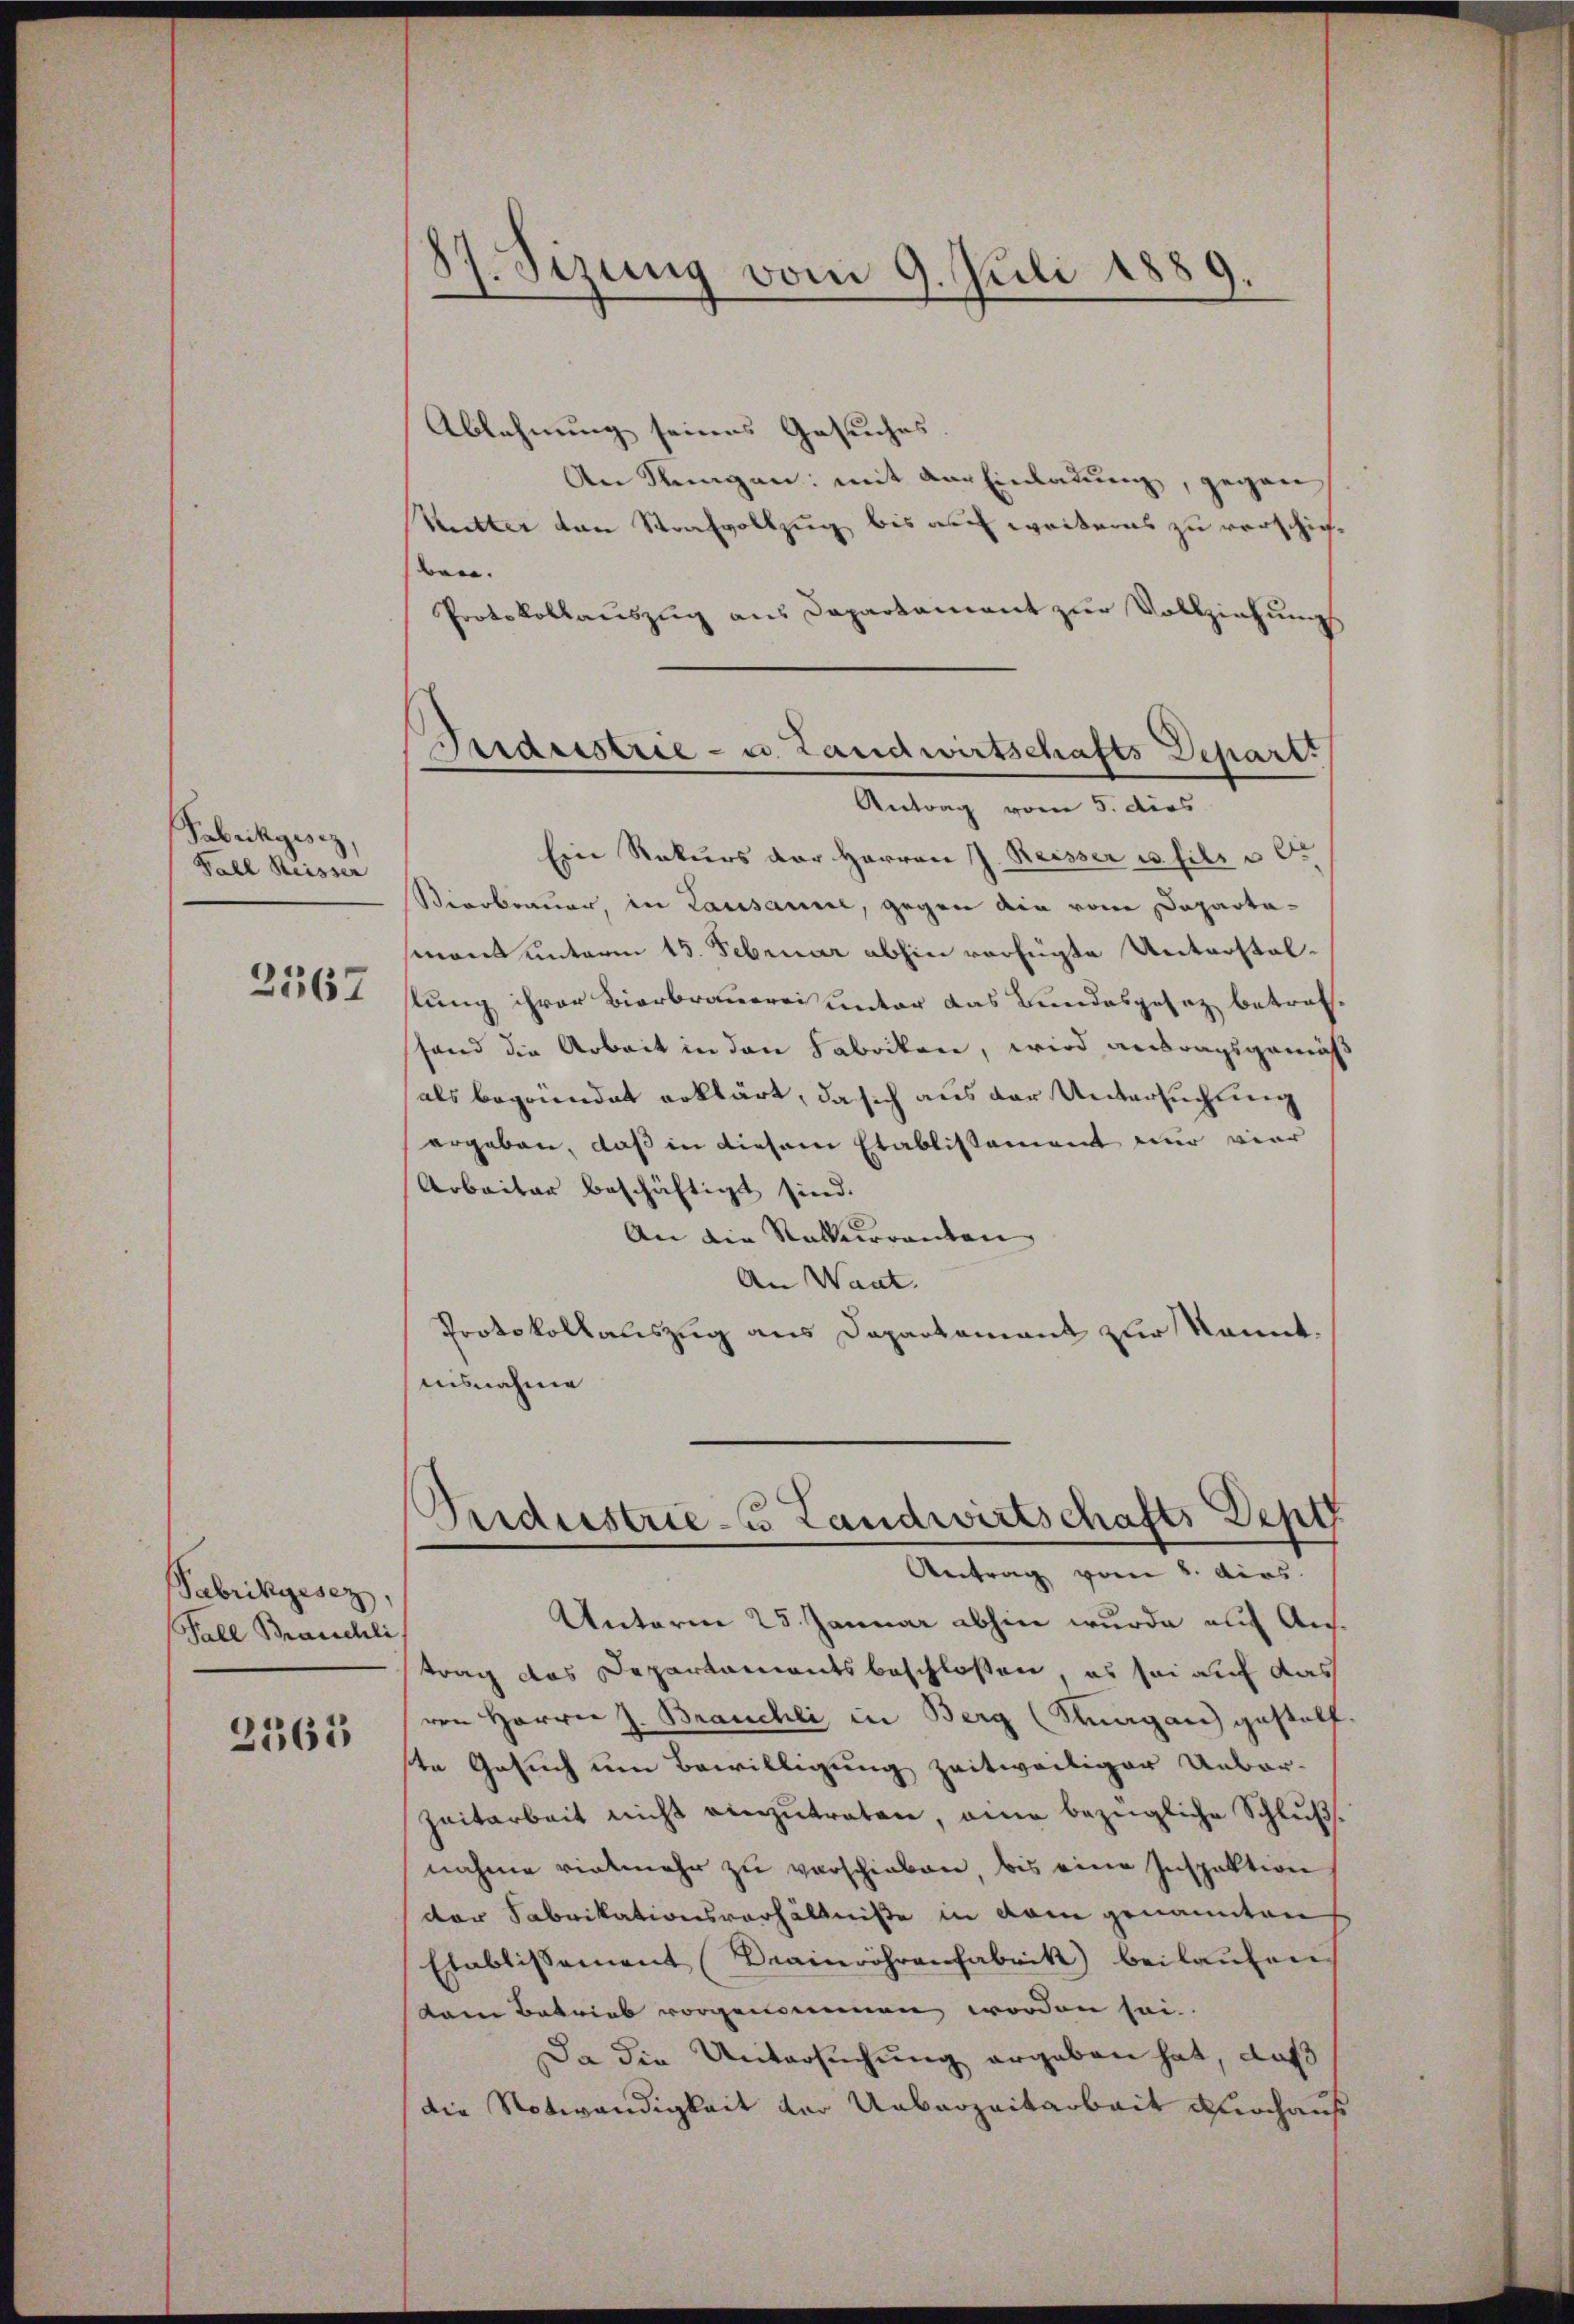
Pabrikgesez,
Fall Reisser

2367

Fabrikgesez
Fall Braschli

2563

17. Sizung vom 9. Juli 1889
.

Ablehnung seines Gesuches
An Klingen: mit der Einlauung, gegen
Kutter von Strafvollzug bis auch weiteres zu verschicht
ben.
Protokollauszug aus Dapartament zur Vollziehung
Eine Rekurs der Herren J. Reisser es fils u er
Bierbrauer, in Lausanne, gegen die von Departamant unterm 15. Februar abhin verfügte Unterstalstung ihrer Bierbrauerei unter das Bundesgesez betraf,
shand die Arbeit in den Fabriken, wird antragsgemäs
als begründet erklärt, da sich aus der Untersuchung
ergeben, daß in diesem Etablissement nur vier
Arbeiter beschäftigt sind.
An die Ratherrenten |
An Want.
Protokollauszug aus Dapartament zur kannt.
ausnahme

Gerdristrie - u. Landwirtschafts Depart.
Antrag vom 5. dies

.
Industrie - u Landwirtschafts Dep
Antrag vom 8. dies

Unterm 25. Januar abhin wurde auf Austrag des Departamentsbeschlossen, es sei auf das
von Herrn J. Brauchli, in Berg (Magan) gestellte Gesuch um Bewilligung zeitweiliger Ueber-
Zeitarbeit nicht einzŭtreten, eine bezügliche Schlußnahme vielmehr zu verschieben bis eine Inspektion
der Fabrikationsverhältniße in dem genannten
Etablissement Drainröhrenfabrik beilaufen.
kam Betrieb vorgenommen worden sei.
Da die Untersuchung ergeben hat, daß
die Notwendigkeit der Ueberzeitarbeit durchaus